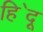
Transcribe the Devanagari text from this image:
हि॓दू